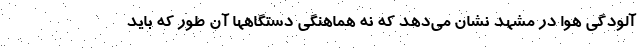
آلودگی هوا در مشهد نشان می‌دهد که نه هماهنگی دستگاهها آن طور که باید